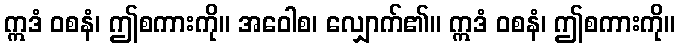
ဣဒံ ဝစနံ၊ ဤစကားကို။ အဝေါစ၊ လျှောက်၏။ ဣဒံ ဝစနံ၊ ဤစကားကို။